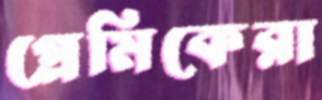
প্রেমিকেরা